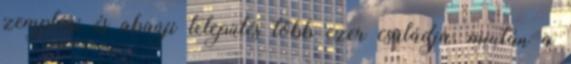
zempléni és abaúji település több ezer családja, miután a